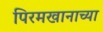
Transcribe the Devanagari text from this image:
पिरमखानाच्या